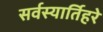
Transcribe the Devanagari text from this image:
सर्वस्यार्तिहरे